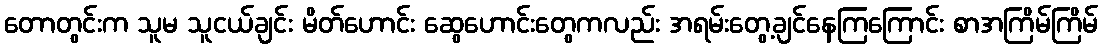
တောတွင်းက သူမ သူငယ်ချင်း မိတ်ဟောင်း ဆွေဟောင်းတွေကလည်း အရမ်းတွေ့ချင်နေကြကြောင်း စာအကြိမ်ကြိမ်